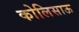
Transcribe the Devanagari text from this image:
कोलिसाऊ